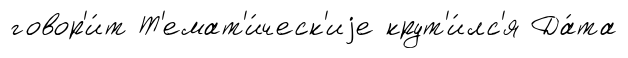
говор'и́т Т'емат'и́ческ'иjе крут'и́лс'я Да́та